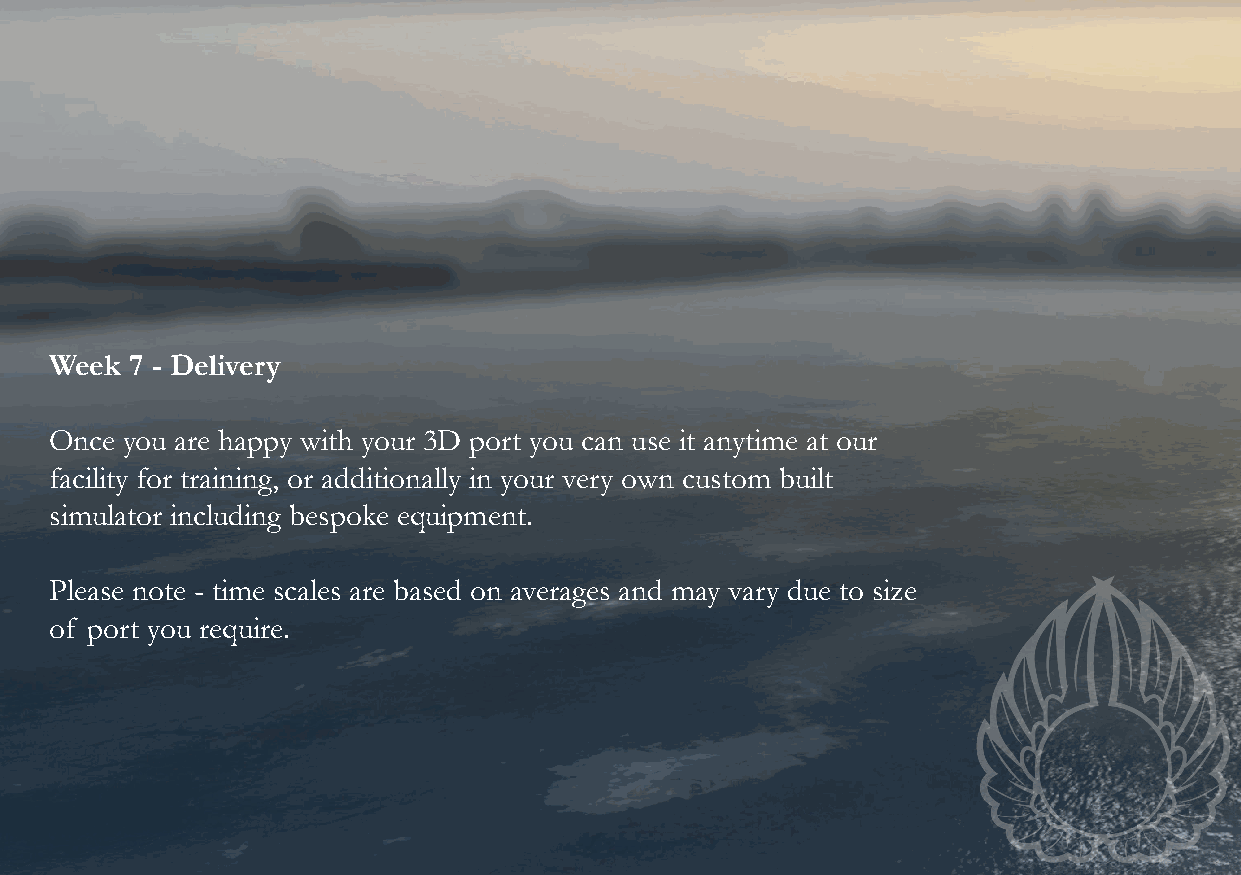
Week  7 - Delivery
 Once you are happy with your 3D port you can use it anytime at our
 facility for training, or additionally in your very own custom built
 simulator including bespoke equipment.
 Please note - time scales are based on averages and may vary due to size
 of port you require.